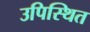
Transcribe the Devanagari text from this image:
उपिस्‍थित